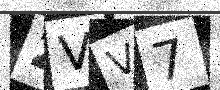
Text: 2VV7